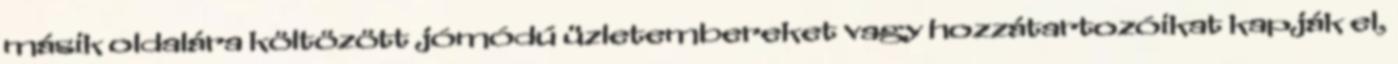
másik oldalára költözött jómódú üzletembereket vagy hozzátartozóikat kapják el,